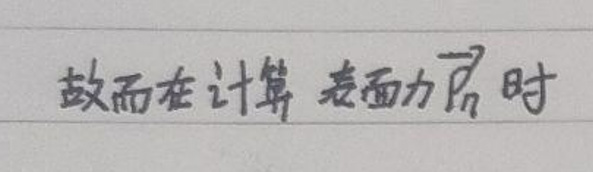
故而在计算表面力\(\vec{F}_{n}\)时